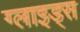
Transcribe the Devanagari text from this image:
ग्लाइड्स